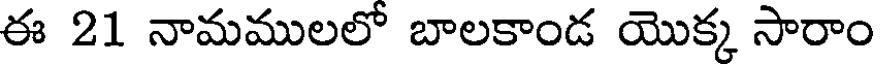
ఈ 21 నామములలో బాలకాండ యొక్క సారాం